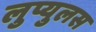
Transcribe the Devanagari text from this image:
लुप्युलस